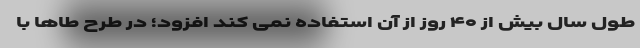
طول سال بیش از ۴۰ روز از آن استفاده نمی کند افزود؛ در طرح طاها با